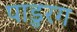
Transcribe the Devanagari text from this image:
पाडुरग